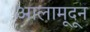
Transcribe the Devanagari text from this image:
आलामूदून